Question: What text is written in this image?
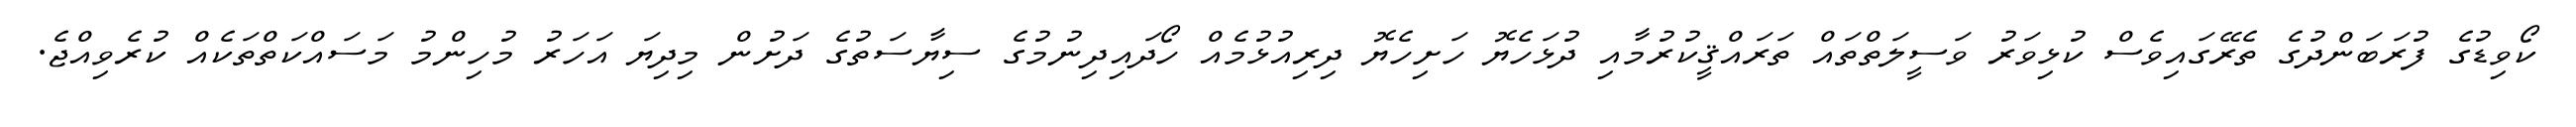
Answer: ކޯވިޑުގެ ފުރަބަންދުގެ ތެރޭގައިވެސް ކުޅިވަރު ވަސީލަތްތައް ތަރައްޤީކުރުމާއި ދުޅަހެޔޮ ހަށިހެޔޮ ދިރިއުޅުމެއް ހޯދައިދިނުމުގެ ސިޔާސަތުގެ ދަށުން މިދިޔަ އަހަރު މުހިންމު މަސައްކަތްތަކެއް ކުރެވިއްޖެ.